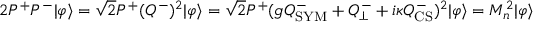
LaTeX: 2 P ^ { + } P ^ { - } | \varphi \rangle = \sqrt { 2 } P ^ { + } ( Q ^ { - } ) ^ { 2 } | \varphi \rangle = \sqrt { 2 } P ^ { + } ( g Q _ { \mathrm { S Y M } } ^ { - } + Q _ { \perp } ^ { - } + i \kappa Q _ { \mathrm { C S } } ^ { - } ) ^ { 2 } | \varphi \rangle = M _ { n } ^ { 2 } | \varphi \rangle